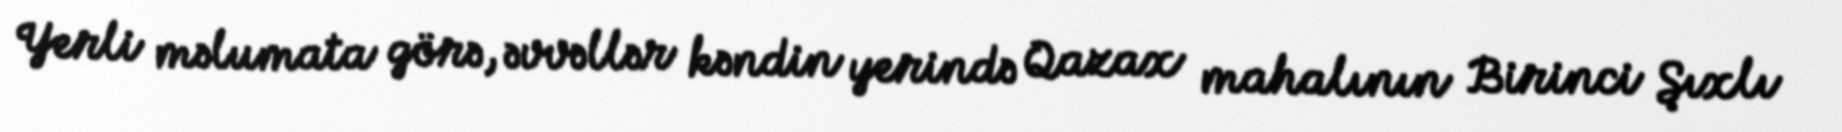
Yerli məlumata görə, əvvəllər kəndin yerində Qazax mahalının Birinci Şıxlı